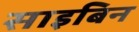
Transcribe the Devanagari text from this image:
साइबिन